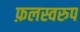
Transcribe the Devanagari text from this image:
फ़लस्वरुप